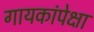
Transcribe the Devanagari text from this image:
गायकांपेक्षा